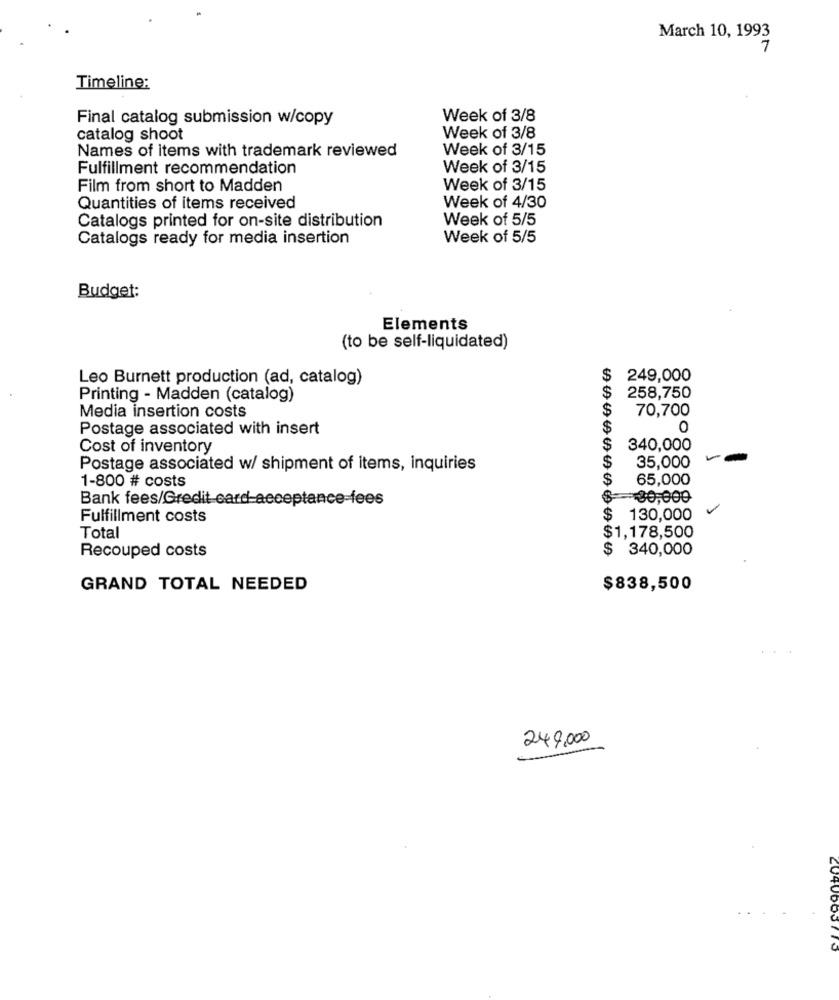
March 10, 1993
7
Timeline:
Final catalog submission w/copy
Week of 3/8
catalog shoot
Week of 3/8
Names of items with trademark reviewed
Week of 3/15
Fulfillment recommendation
Week of 3/15
Film from short to Madden
Week of 3/15
Quantities of items received
Week of 4/30
Week of 5/5
Catalogs printed for on-site distribution
Catalogs ready for media insertion
Week of 5/5
Budget:
Elements
(to be self-liquidated)
Leo Burnett production (ad, catalog)
$
249,000
$
Printing - Madden (catalog)
258,750
$
70,700
Media insertion costs
Postage associated with insert
$
0
Cost of inventory
$
340,000
35,000
Postage associated w/ shipment of items, inquiries
$
$
65,000
1-800 # costs
Bank fees/Gredit card-acceptance-fees
00,000
Fulfillment costs
130,000
$1,178,500
Total
$ 340,000
Recouped costs
GRAND TOTAL NEEDED
$838,500
249,000